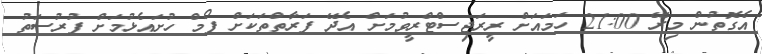
އެގޮތުން މިރޭ 21:00 ހަމައަށް ރީރަޖިސްޓްރީވުމަށް އެދޭ ފަރާތްތަކަށް ފޯމް ހުށައެޅުމަށް ފުރުސަތު